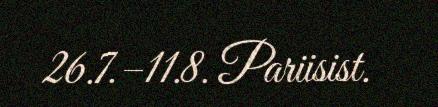
26.7.–11.8. Pariisist.